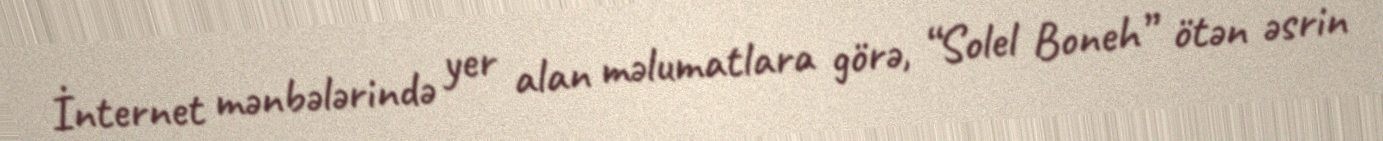
İnternet mənbələrində yer alan məlumatlara görə, “Solel Boneh” ötən əsrin